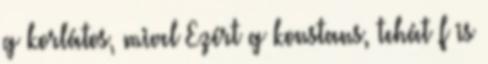
g korlátos, mivel Ezért g konstans, tehát f is